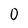
Character: 0